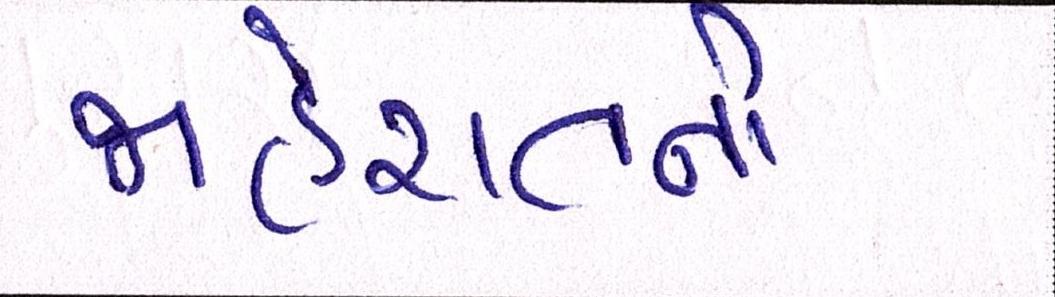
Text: જાહેરાતની